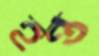
হন্ত